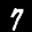
Label: 7